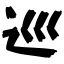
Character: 巡